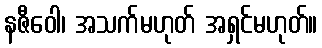
နဇီဝေါ၊ အသက်မဟုတ် အရှင်မဟုတ်။